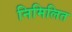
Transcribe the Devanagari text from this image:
निमिलित